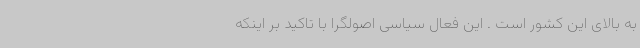
به بالای این کشور است . این فعال سیاسی اصولگرا با تاکید بر اینکه